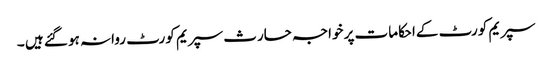
سپریم کورٹ کےاحکامات پر خواجہ حارث سپریم کورٹ روانہ ہو گئے ہیں ۔